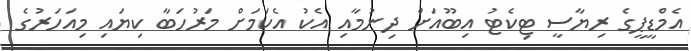
އެމްޑީޕީގެ ރިޔާސީ ޓިކެޓު އިބޫއަށް ދިނުމާއި އެކު އެކަމަށް މަރުހަބާ ކިޔައި މިއަހަރުގެ